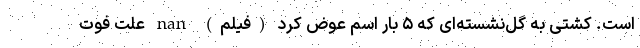
است. کشتی به گل‌نشسته‌ای که ۵ بار اسم عوض کرد (فیلم) nan علت فوت